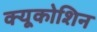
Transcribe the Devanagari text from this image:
क्यूकोशिन